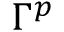
\Gamma ^ { p }